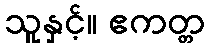
သူနှင့်။ ဧကတ္တ